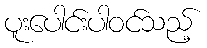
ပူးပေါင်းပါဝင်သည့်